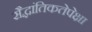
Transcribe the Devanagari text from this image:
सैद्धांतिकतेपेक्षा